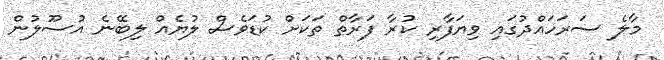
މާލެ ސަރަހައްދުގައި ވިޔަފާރި ކުރާ ފަރާތް ތަކަށް ކުޑަވެސް ލުޔެއް ލިބޭނެ އުސޫލުން